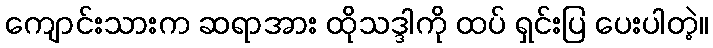
ကျောင်းသားက ဆရာအား ထိုသဒ္ဒါကို ထပ် ရှင်းပြ ပေးပါတဲ့။